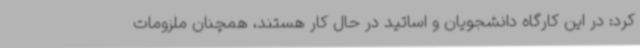
کرد: در این کارگاه دانشجویان و اساتید در حال کار هستند، همچنان ملزومات